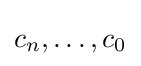
c_{n},\ldots ,c_{0}